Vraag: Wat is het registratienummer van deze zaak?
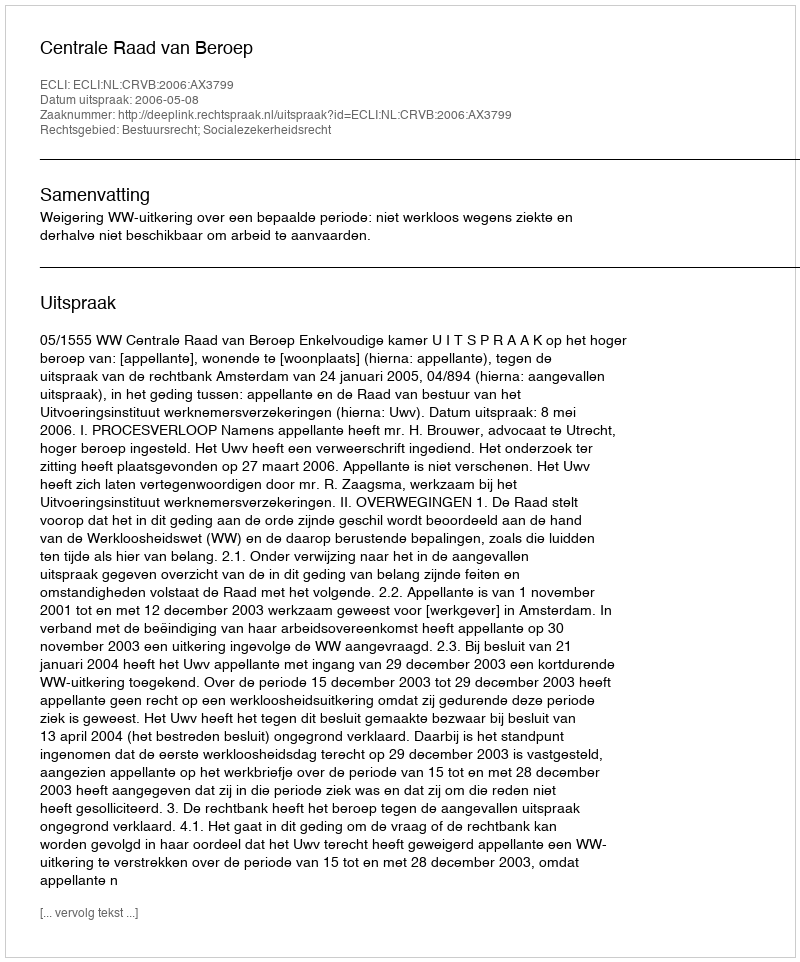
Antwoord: http://deeplink.rechtspraak.nl/uitspraak?id=ECLI:NL:CRVB:2006:AX3799